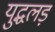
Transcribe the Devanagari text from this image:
युद्धलड़